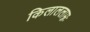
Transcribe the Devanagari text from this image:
किलाललाम्नः